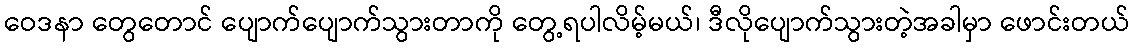
ဝေဒနာ တွေတောင် ပျောက်ပျောက်သွားတာကို တွေ့ရပါလိမ့်မယ်၊ ဒီလိုပျောက်သွားတဲ့အခါမှာ ဖောင်းတယ်